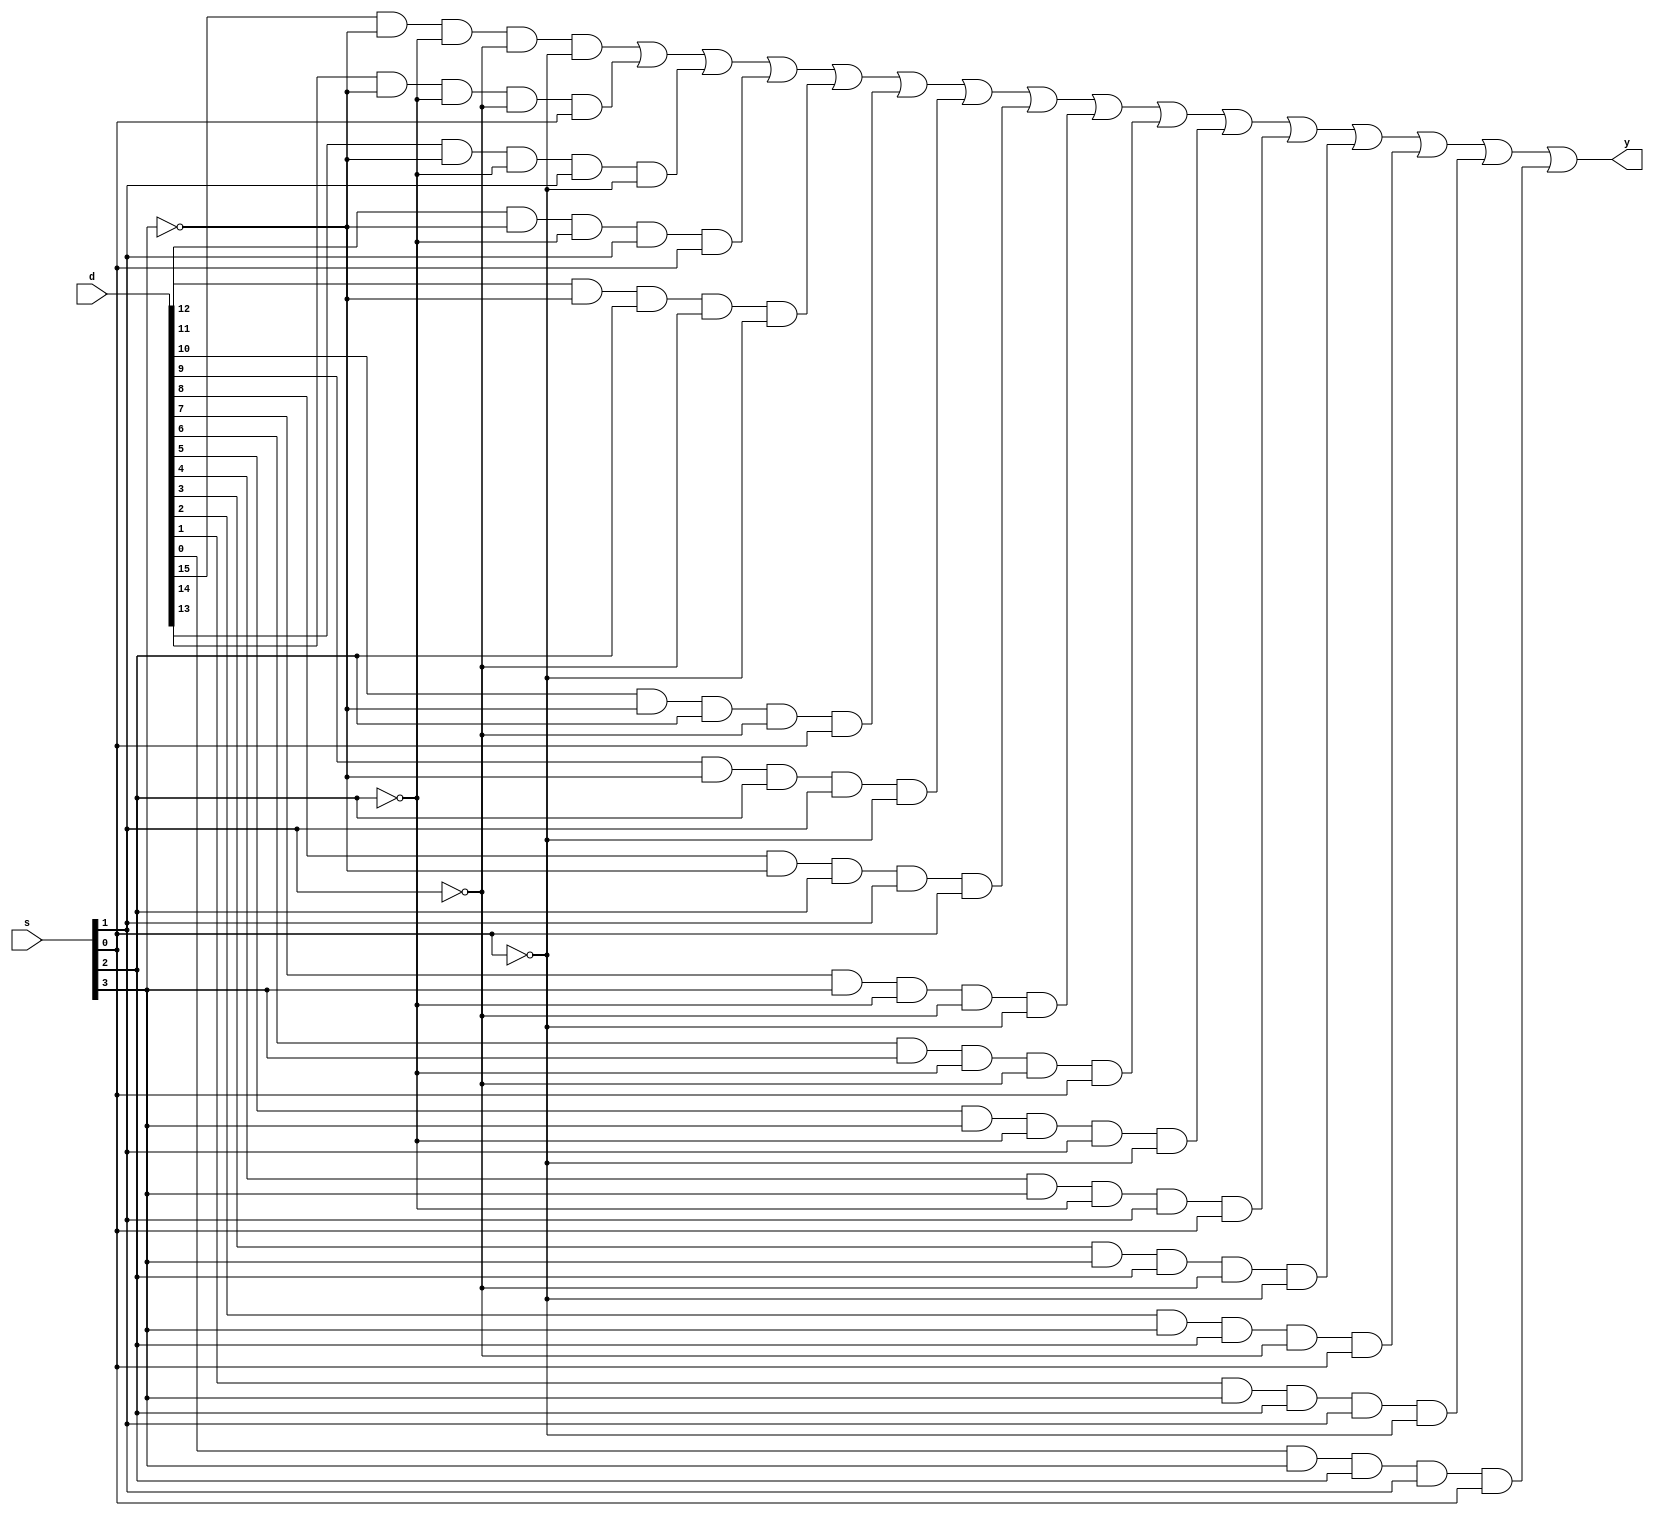
`timescale 1ns / 1ps
module mux16x1(d,s,y);
input [15:0]d;
input [3:0]s;
output y;
wire w1,w2,w3,w4,w5,w6,w7,w8,w9,w10,w11,w12,w13,w14,w15,w16;
and u1(w1,d[15],~s[3],~s[2],~s[1],~s[0]);
and u2(w2,d[14],~s[3],~s[2],~s[1],s[0]);
and u3(w3,d[13],~s[3],~s[2],s[1],~s[0]);
and u4(w4,d[12],~s[3],~s[2],s[1],s[0]);
and u5(w5,d[11],~s[3],s[2],~s[1],~s[0]);
and u6(w6,d[10],~s[3],s[2],~s[1],s[0]);
and u7(w7,d[9],~s[3],s[2],s[1],~s[0]);
and u8(w8,d[8],~s[3],s[2],s[1],s[0]);
and u9(w9,d[7],s[3],~s[2],~s[1],~s[0]);
and u10(w10,d[6],s[3],~s[2],~s[1],s[0]);
and u11(w11,d[5],s[3],~s[2],s[1],~s[0]);
and u12(w12,d[4],s[3],~s[2],s[1],s[0]);
and u13(w13,d[3],s[3],s[2],~s[1],~s[0]);
and u14(w14,d[2],s[3],s[2],~s[1],s[0]);
and u15(w15,d[1],s[3],s[2],s[1],~s[0]);
and u16(w16,d[0],s[3],s[2],s[1],s[0]);
or u17(y,w1,w2,w3,w4,w5,w6,w7,w8,w9,w10,w11,w12,w13,w14,w15,w16);
endmodule